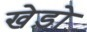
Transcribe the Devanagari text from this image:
खेड़ो